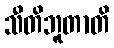
သီတိဘူတာတိ